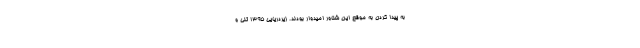
به پیدا کردن به موقع این شناور امیدوار بودند. زیردریایی 1395 تنی و